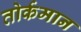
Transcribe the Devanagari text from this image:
तोर्कमान